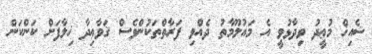
ޝެއިޚް މުޢީދު ވިދާޅުވީ އެ މައުލޫމާތު ދެއްވި ފަރާތްތަކުންވެސް ޤަވާޢިދާ ޚިލާފަށް ކަންކަން